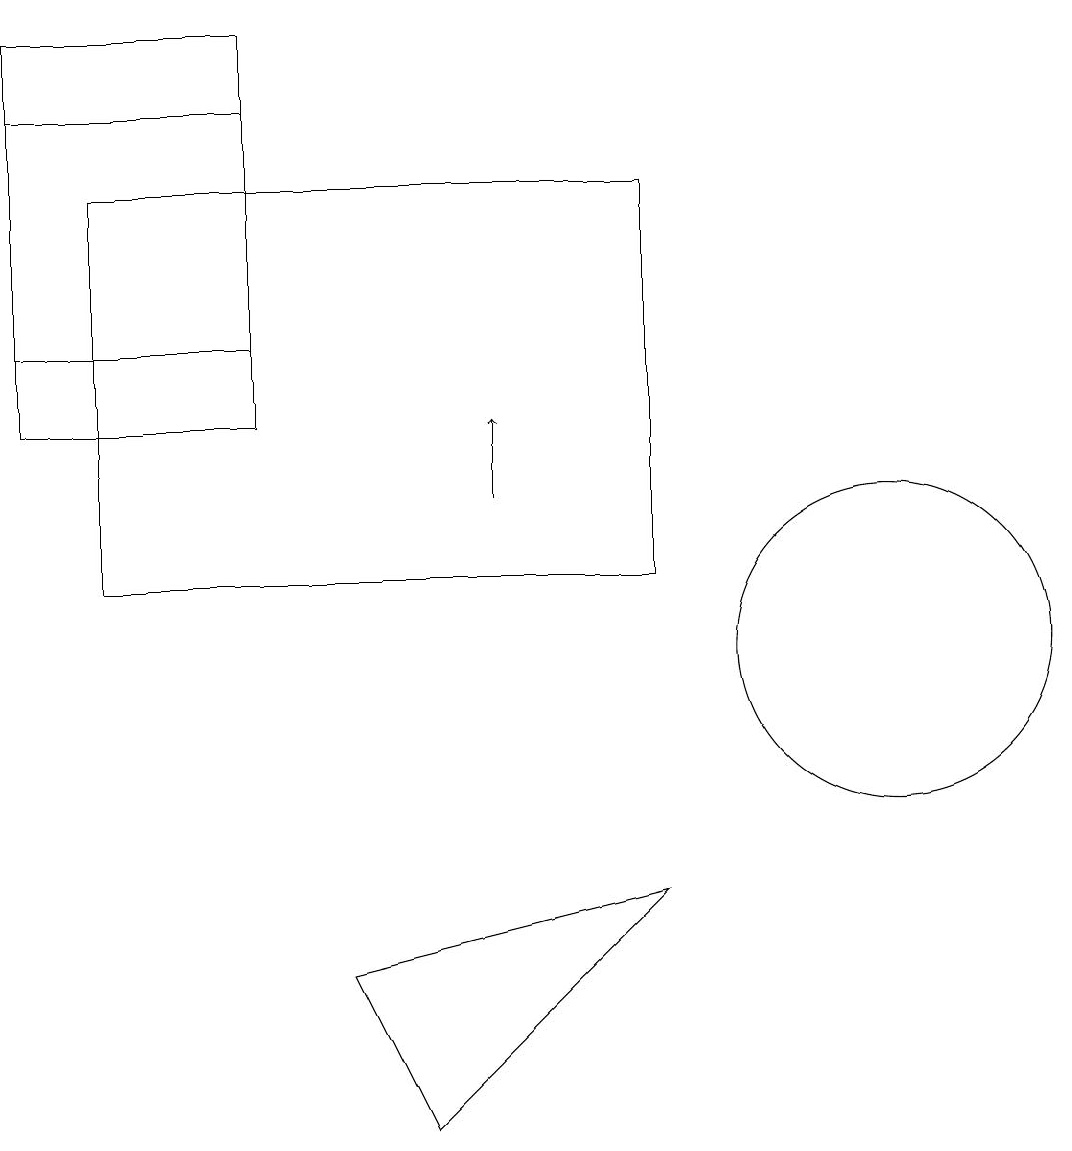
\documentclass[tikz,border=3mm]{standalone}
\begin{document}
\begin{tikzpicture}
\draw (4,17) rectangle (1,14);
\draw (9,7) -- (5,6) -- (6,4) -- cycle;
\draw (2,16) rectangle (9,11);
\draw (12,10) circle (2);
\draw (4,13) rectangle (1,18);
\draw[->] (7,12) -- (7,13);
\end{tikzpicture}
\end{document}